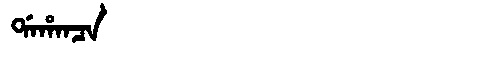
Manchu: ᡩᠠᡥᠠᠨᠴᠠ
Romanization: DAHANCA